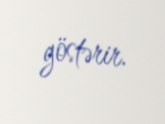
göstərir.